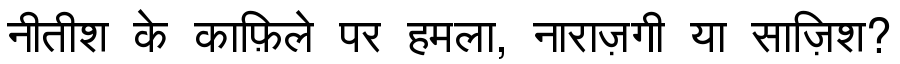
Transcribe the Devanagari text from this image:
नीतीश के काफ़िले पर हमला, नाराज़गी या साज़िश?